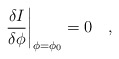
\begin{align*}\left. {\delta I\over{\delta \phi}}\right| _{\phi=\phi_0} =0~~~,\end{align*}